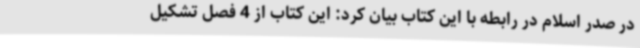
در صدر اسلام در رابطه با این کتاب بیان کرد: این کتاب از 4 فصل تشکیل